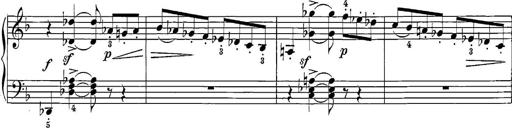
Title: 12 Sonatine per Pianoforte
Composer: Friedrich Kuhlau